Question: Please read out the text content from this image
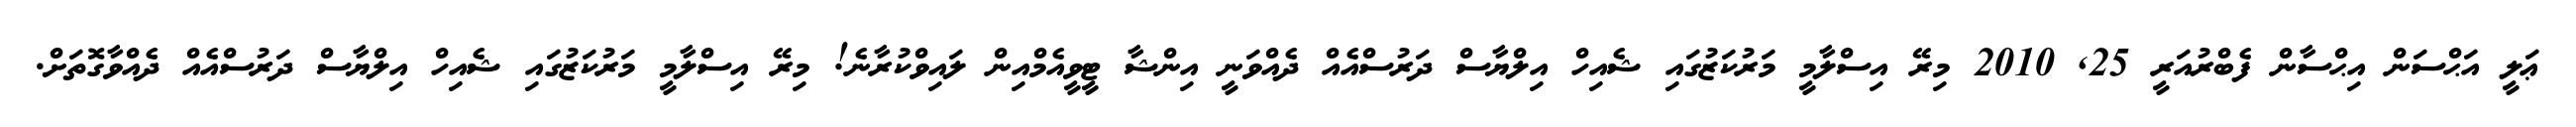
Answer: ޢަލީ އަޙްސަން އިޙްސާން ފެބްރުއަރީ 25, 2010 މިރޭ އިސްލާމީ މަރުކަޒުގައި ޝެއިހް އިލްޔާސް ދަރުސްއެއް ދެއްވަނީ އިންޝާ ޓީވީއެމްއިން ލައިވްކުރާނެ! މިރޭ އިސްލާމީ މަރުކަޒުގައި ޝެއިހް އިލްޔާސް ދަރުސްއެއް ދެއްވާގޮތަށް.